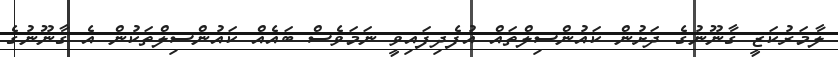
ލާމަރުކަޒީ ގާނޫނުގެ ދަށުން ކައުންސިލްތައް އުފެދިފައިވީ ނަމަވެސް ބައެއް ކައުންސިލްތަކުން އެ ގާނޫނުގެ